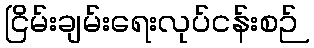
ငြိမ်းချမ်းရေးလုပ်ငန်းစဉ်